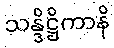
သန္ဒိဋ္ဌိကာနိ